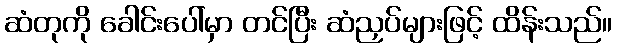
ဆံတုကို ခေါင်းပေါ်မှာ တင်ပြီး ဆံညှပ်များဖြင့် ထိန်းသည်။